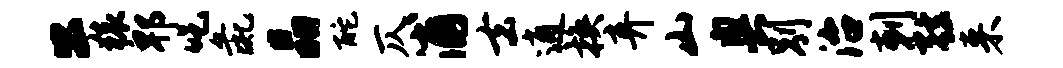
公猿郫吃彘晶酡仄浦去逍换弃山奥别治剌弦来